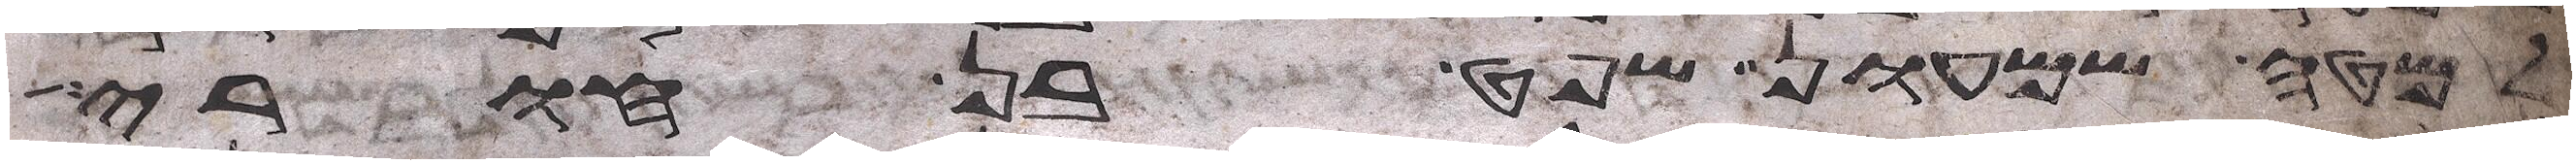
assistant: למטה שמעון שפט בן חורי